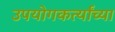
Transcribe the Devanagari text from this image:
उपयोगकर्त्यांच्या